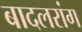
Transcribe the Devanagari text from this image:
बादलरांग